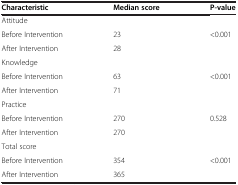
<table><thead><tr><td><b>Characteristic</b></td><td><b>Median score</b></td><td><b>P-value</b></td></tr></thead><tbody><tr><td>Attitude</td><td> </td><td> </td></tr><tr><td>Before Intervention</td><td>23</td><td>&lt;0.001</td></tr><tr><td>After Intervention</td><td>28</td><td> </td></tr><tr><td>Knowledge</td><td> </td><td> </td></tr><tr><td>Before Intervention</td><td>63</td><td>&lt;0.001</td></tr><tr><td>After Intervention</td><td>71</td><td> </td></tr><tr><td>Practice</td><td> </td><td> </td></tr><tr><td>Before Intervention</td><td>270</td><td>0.528</td></tr><tr><td>After Intervention</td><td>270</td><td> </td></tr><tr><td>Total score</td><td> </td><td> </td></tr><tr><td>Before Intervention</td><td>354</td><td>&lt;0.001</td></tr><tr><td>After Intervention</td><td>365</td><td> </td></tr></tbody></table>